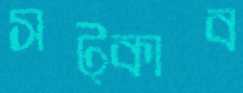
সট্‌কাব